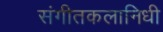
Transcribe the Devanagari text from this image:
संगीतकलानिधी